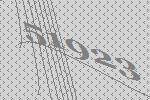
51923